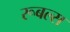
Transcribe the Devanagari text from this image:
रूबल्स